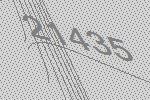
21435